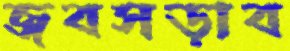
জবসড়াব